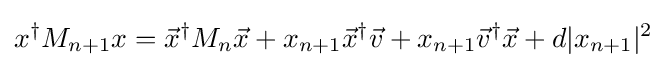
x^{\dagger }M_{n+1}x={\vec {x}}^{\dagger }M_{n}{\vec {x}}+x_{n+1}{\vec {x}}^{\dagger }{\vec {v}}+x_{n+1}{\vec {v}}^{\dagger }{\vec {x}}+d|x_{n+1}|^{2}